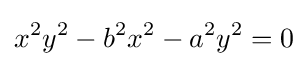
x^{2}y^{2}-b^{2}x^{2}-a^{2}y^{2}=0